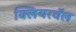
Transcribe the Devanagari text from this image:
क्लियरवॅल